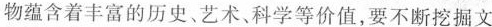
物蕴含着丰富的历史、艺术、科学等价值，要不断挖掘文